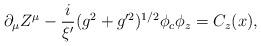
LaTeX: \begin{align*} \partial_{\mu}Z^{\mu} - \frac{i}{\xi'}(g^2 + g'^2)^{1/2}\phi_c \phi_{z} = C_z(x) ,\end{align*}